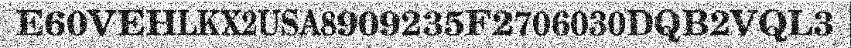
E60VEHLKX2USA8909235F2706030DQB2VQL3